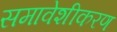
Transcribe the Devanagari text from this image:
समावेशीकरण